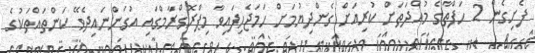
ފެށިގެން 2 ހަފްތާގެ މުއްދަތަށް ކުރިއަށް ގެންދިޔުމަށް ހަމަޖެހިފައިވާ މިޕްރޮގްރާމްގައި އުގަންނައިދެވޭ ކަންތައްތަކުގެ